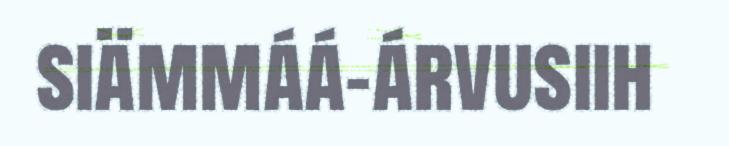
siämmáá-árvusiih